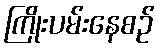
ကြိုးပမ်းနေစဉ်